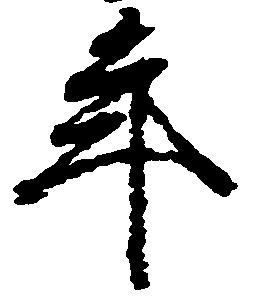
年